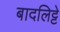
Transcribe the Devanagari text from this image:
बादलिट्टे